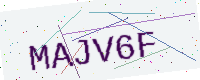
Text: MAJV6F